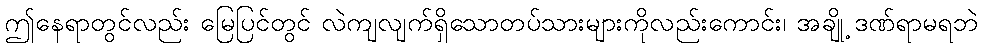
ဤနေရာတွင်လည်း မြေပြင်တွင် လဲကျလျက်ရှိသောတပ်သားများကိုလည်းကောင်း၊ အချို့ ဒဏ်ရာမရဘဲ